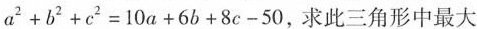
a²+b²+c²=10a+6b+8c-50，求此三角形中最大